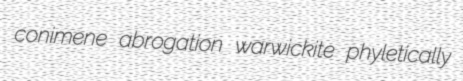
conimene abrogation warwickite phyletically